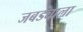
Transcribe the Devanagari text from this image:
जबड्याला